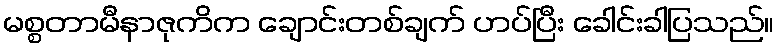
မစ္စတာမီနာဇုကိက ချောင်းတစ်ချက် ဟပ်ပြီး ခေါင်းခါပြသည်။